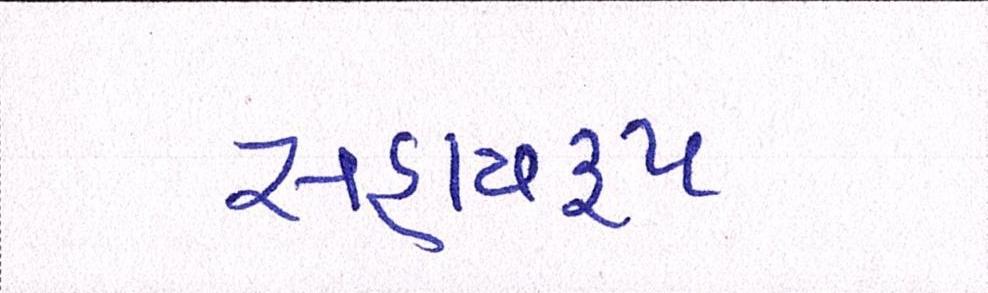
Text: સહાયરૃપ